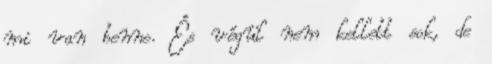
mi van benne. És végül nem kellett sok, de